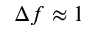
\Delta f \approx 1